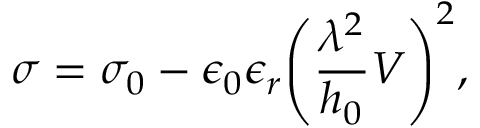
\sigma = \sigma _ { 0 } - \epsilon _ { 0 } \epsilon _ { r } \Bigg ( \frac { \lambda ^ { 2 } } { h _ { 0 } } V \Bigg ) ^ { 2 } ,